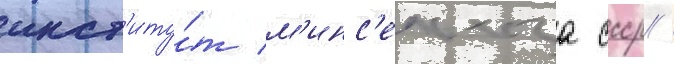
инст'иту́т м'инс'ельхоза ссср /